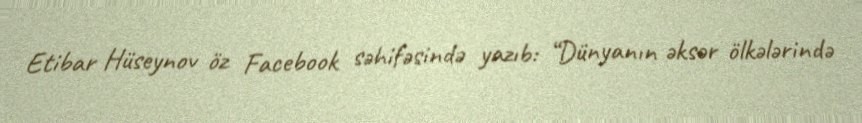
Etibar Hüseynov öz Facebook səhifəsində yazıb: “Dünyanın əksər ölkələrində